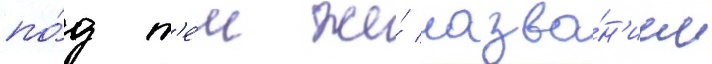
по́д т'е́м же́ назва́н'ием